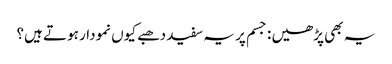
یہ بھی پڑھیں : جسم پر یہ سفید دھبے کیوں نمودار ہوتے ہیں؟